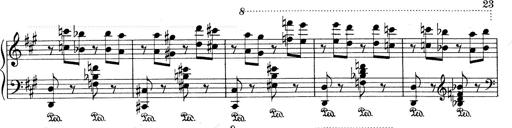
Title: Mephisto Waltz No.1
Composer: Franz Liszt